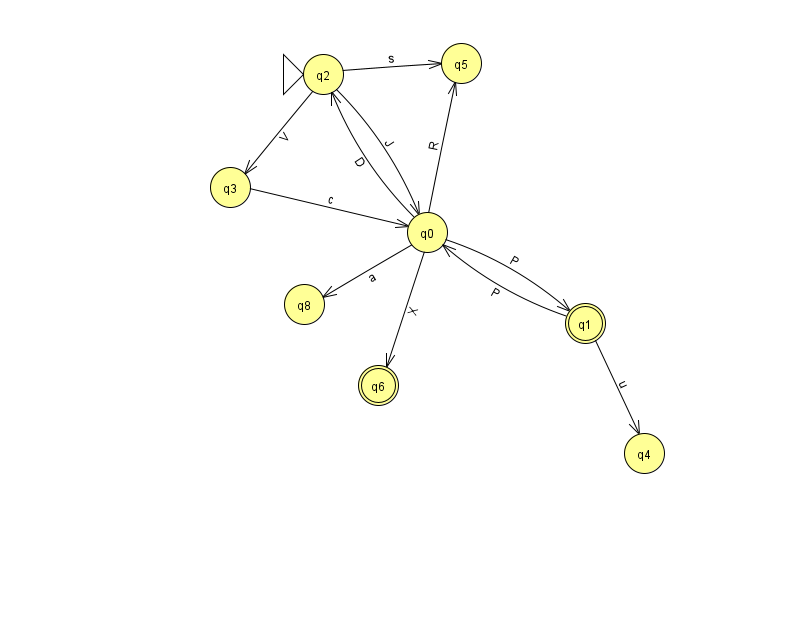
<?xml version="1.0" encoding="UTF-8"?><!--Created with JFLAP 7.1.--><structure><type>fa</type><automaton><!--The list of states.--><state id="0" name="q0"><x>427.0</x><y>219.0</y></state><state id="1" name="q1"><x>585.0</x><y>310.0</y><final/></state><state id="2" name="q2"><x>323.0</x><y>61.0</y><initial/></state><state id="3" name="q3"><x>230.0</x><y>174.0</y></state><state id="4" name="q4"><x>644.0</x><y>440.0</y></state><state id="5" name="q5"><x>461.0</x><y>50.0</y></state><state id="6" name="q6"><x>378.0</x><y>372.0</y><final/></state><state id="8" name="q8"><x>304.0</x><y>291.0</y></state><!--The list of transitions.--><transition><from>0</from><to>1</to><read>P</read></transition><transition><from>1</from><to>0</to><read>P</read></transition><transition><from>0</from><to>2</to><read>D</read></transition><transition><from>0</from><to>6</to><read>X</read></transition><transition><from>0</from><to>8</to><read>a</read></transition><transition><from>1</from><to>4</to><read>u</read></transition><transition><from>2</from><to>0</to><read>J</read></transition><transition><from>3</from><to>0</to><read>c</read></transition><transition><from>2</from><to>3</to><read>V</read></transition><transition><from>2</from><to>5</to><read>s</read></transition><transition><from>0</from><to>5</to><read>R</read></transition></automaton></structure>